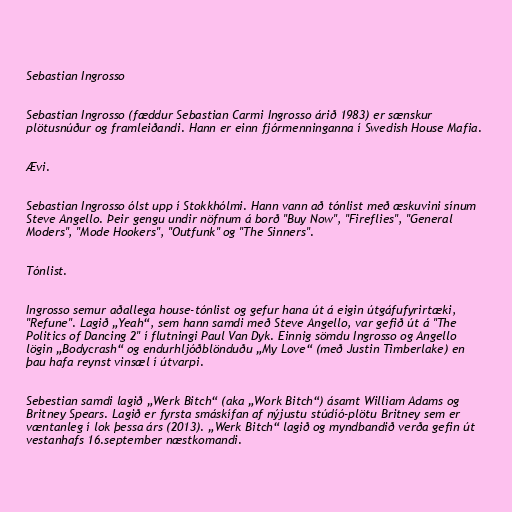
Sebastian Ingrosso

Sebastian Ingrosso (fæddur Sebastian Carmi Ingrosso árið 1983) er sænskur
plötusnúður og framleiðandi. Hann er einn fjórmenninganna í Swedish House Mafia.

Ævi.

Sebastian Ingrosso ólst upp í Stokkhólmi. Hann vann að tónlist með æskuvini sínum
Steve Angello. Þeir gengu undir nöfnum á borð "Buy Now", "Fireflies", "General
Moders", "Mode Hookers", "Outfunk" og "The Sinners".

Tónlist.

Ingrosso semur aðallega house-tónlist og gefur hana út á eigin útgáfufyrirtæki,
"Refune". Lagið „Yeah“, sem hann samdi með Steve Angello, var gefið út á "The
Politics of Dancing 2" í flutningi Paul Van Dyk. Einnig sömdu Ingrosso og Angello
lögin „Bodycrash“ og endurhljóðblönduðu „My Love“ (með Justin Timberlake) en
þau hafa reynst vinsæl í útvarpi.

Sebestian samdi lagið „Werk Bitch“ (aka „Work Bitch“) ásamt William Adams og
Britney Spears. Lagið er fyrsta smáskífan af nýjustu stúdíó-plötu Britney sem er
væntanleg í lok þessa árs (2013). „Werk Bitch“ lagið og myndbandið verða gefin út
vestanhafs 16.september næstkomandi.